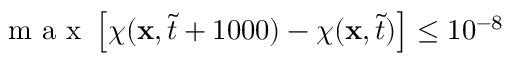
\mathrm { ~ m ~ a ~ x ~ } \left[ \chi ( \mathbf { x } , \tilde { t } + 1 0 0 0 ) - \chi ( \mathbf { x } , \tilde { t } ) \right] \leq 1 0 ^ { - 8 }